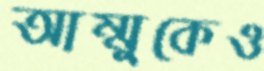
আম্মুকেও